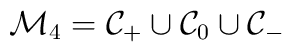
{\cal M}_4 = {\cal C}_+\cup {\cal C}_0 \cup {\cal C}_-